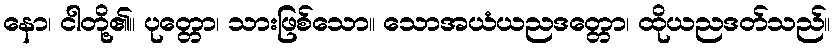
နော၊ ငါတို့၏။ ပုတ္တော၊ သားဖြစ်သော။ သောအယံယညဒတ္တော၊ ထိုယညဒတ်သည်။